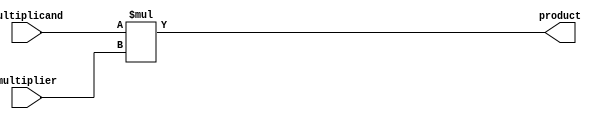
module unsigned_multiplier(
    input wire [31:0] multiplicand,
    input wire [31:0] multiplier,
    output reg [63:0] product
);

reg [63:0] partial_product;

always @ (*) begin
    partial_product = multiplicand * multiplier;
    product = partial_product;
end

endmodule